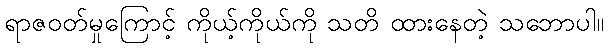
ရာဇဝတ်မှုကြောင့် ကိုယ့်ကိုယ်ကို သတိ ထားနေတဲ့ သဘောပါ။